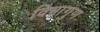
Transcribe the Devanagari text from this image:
विभागुण